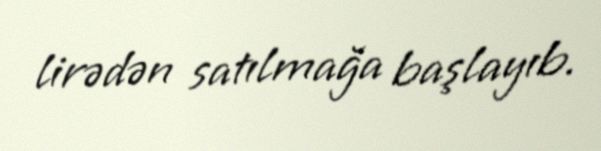
lirədən satılmağa başlayıb.